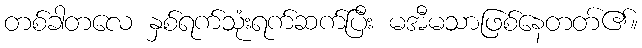
တစ်ခါတလေ နှစ်ရက်သုံးရက်ဆက်ပြီး မအီမသာဖြစ်နေတတ်၏။